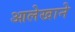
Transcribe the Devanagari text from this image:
आलेखाने